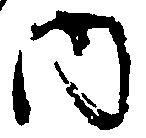
内